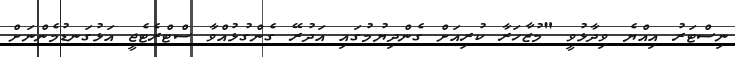
ނިސްޓަރު އިއްޔެ ވިދާޅުވީ "މުޒާހަރާ ކުރިއަށް ގެންދިޔުމުގައި އަދުރޭ ގެންގުޅުއްވާ ސްޓްރެޓެޖީ އަޅުގަނޑުމެންނަށް